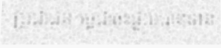
ប្រជាជនកម្ពុជាចុះជួយបានទាន់